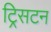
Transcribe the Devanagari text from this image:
ट्रिसटन